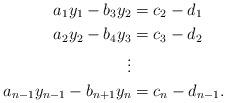
LaTeX: \begin{align*}a_{1} y_1 - b_3y_2& = c_2 - d_1 \\a_2 y_2- b_4y_3 & = c_3 - d_2 \\\vdots & \\a_{n-1} y_{n-1} - b_{n+1}y_n & = c_n - d_{n-1}. \end{align*}